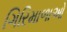
ગિરિમાળાઓ